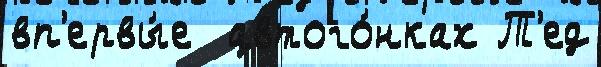
вп'ервы́е  автого́нках Т'ед